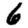
Digit: 6